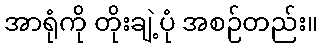
အာရုံကို တိုးချဲ့ပုံ အစဉ်တည်း။